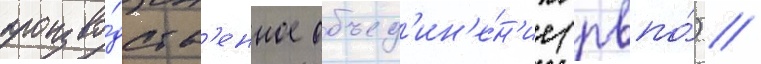
произво́дств'енное объед'ин'е́н'ие (рвпо́) //